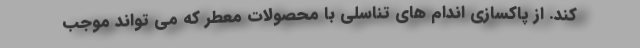
کند. از پاکسازی اندام های تناسلی با محصولات معطر که می تواند موجب